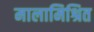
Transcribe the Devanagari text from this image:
मालामिश्रित